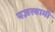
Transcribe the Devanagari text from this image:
यज्ञस्वामी